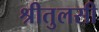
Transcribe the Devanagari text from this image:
श्रीतुलसी